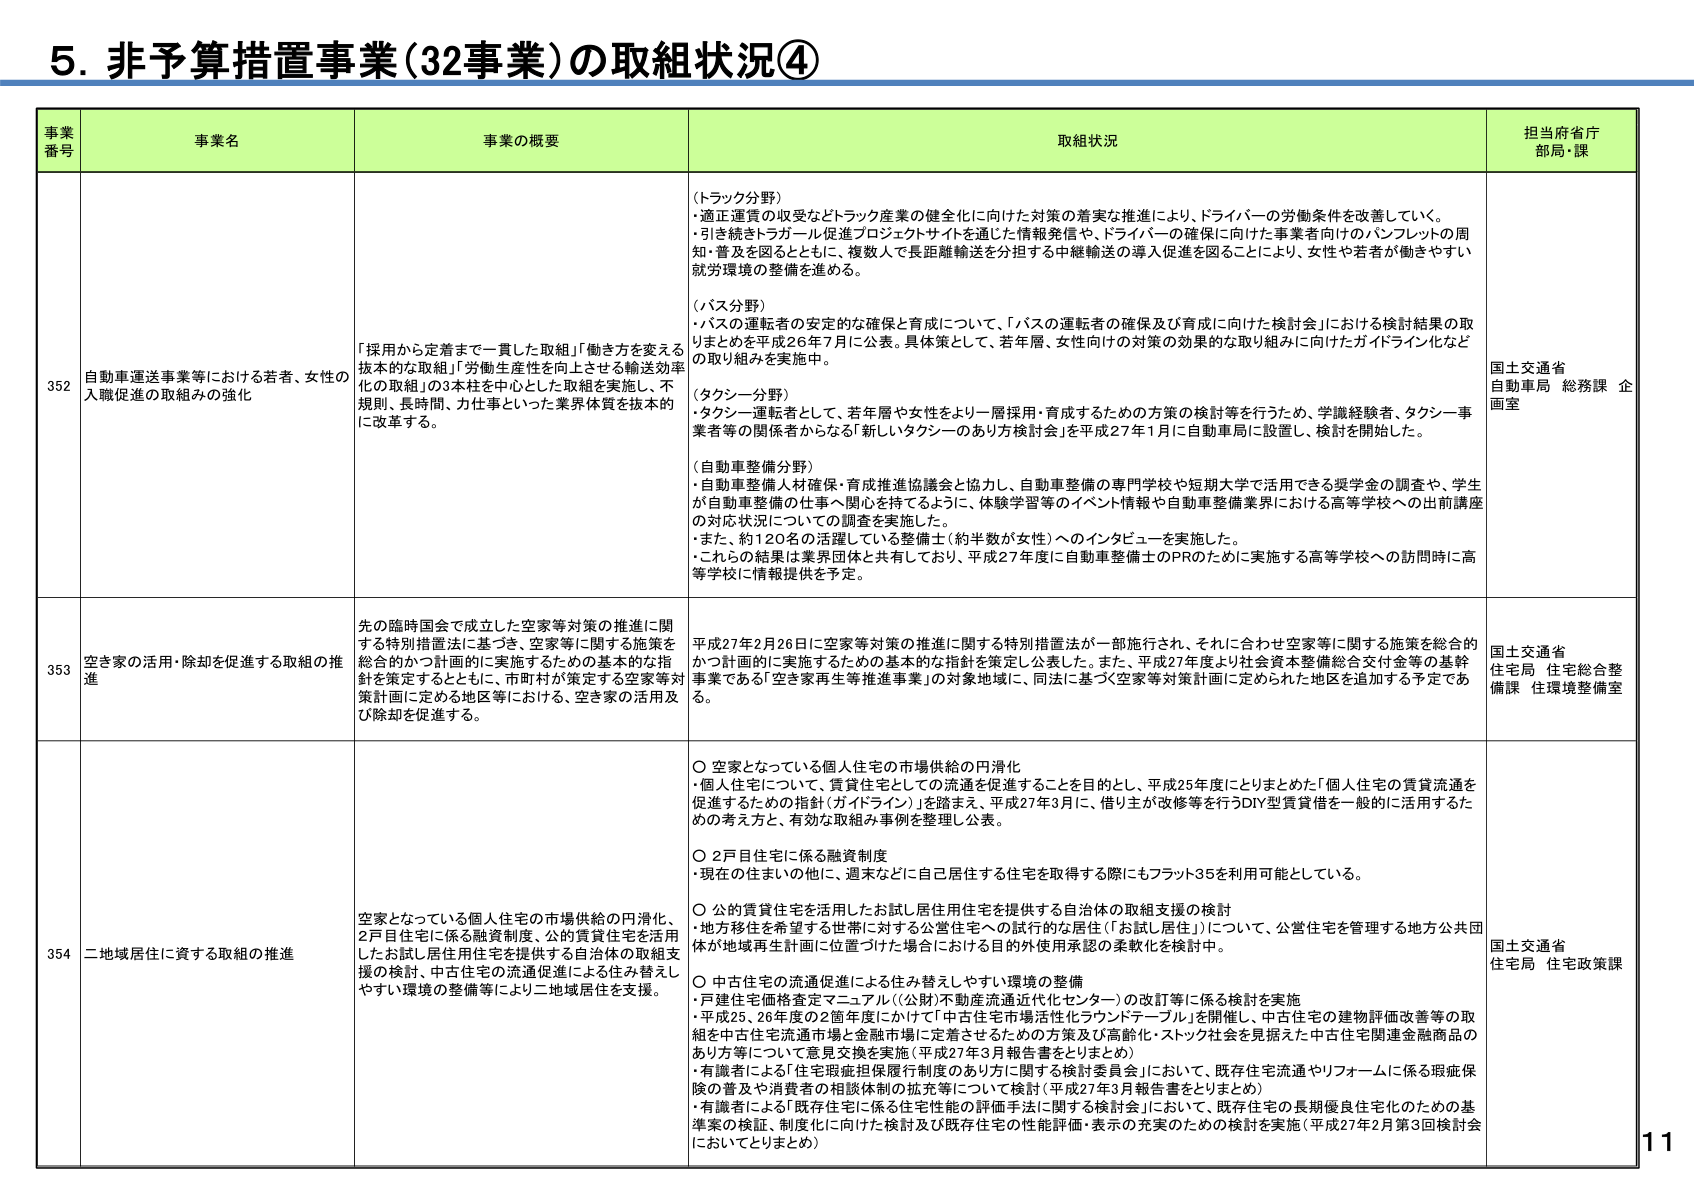
5. 非予算措置事業（32事業）の取組状況④

事業番号 事業名 事業の概要 取組状況 担当府省庁 部局・課

352 自動車運送事業等における若者、女性の入職促進の取組みの強化 「採用から定着まで一貫した取組」「働き方を変える抜本的な取組」「労働生産性を向上させる輸送効率化の取組」の3本柱を中心とした取組を実施し、不規則、長時間、力仕事といった業界体質を抜本的に改革する。 （トラック分野） ・適正運賃の収受などトラック産業の健全化に向けた対策の着実な推進により、ドライバーの労働条件を改善していく。 ・引き続きトラガール促進プロジェクトサイトを通じた情報発信や、ドライバーの確保に向けた事業者向けのパンフレットの周知・普及を図るとともに、複数人で長距離輸送を分担する中継輸送の導入促進を図ることにより、女性や若者が働きやすい就労環境の整備を進める。 （バス分野） ・バスの運転者の安定的な確保と育成について、「バスの運転者の確保及び育成に向けた検討会」における検討結果の取りまとめを平成26年7月に公表。具体策として、若年層、女性向けの対策の効果的な取り組みに向けたガイドライン化などの取り組みを実施中。 （タクシー分野） ・タクシー運転者として、若年層や女性をより一層採用・育成するための方策の検討等を行うため、学識経験者、タクシー事業者等の関係者からなる「新しいタクシーのあり方検討会」を平成27年1月に自動車局に設置し、検討を開始した。 （自動車整備分野） ・自動車整備人材確保・育成推進協議会と協力し、自動車整備の専門学校や短期大学で活用できる奨学金の調査や、学生が自動車整備の仕事へ関心を持てるように、体験学習等のイベント情報や自動車整備業界における高等学校への出前講座の対応状況についての調査を実施した。 ・また、約120名の活躍している整備士（約半数が女性）へのインタビューを実施した。 ・これらの結果は業界団体と共有しており、平成27年度に自動車整備士のPRのために実施する高等学校への訪問時に高等学校に情報提供を予定。 国土交通省 自動車局 総務課 企画室

353 空き家の活用・除却を促進する取組の推進 先の臨時国会で成立した空家等対策の推進に関する特別措置法に基づき、空家等に関する施策を総合的かつ計画的に実施するための基本的な指針を策定するとともに、市町村が策定する空家等対策計画に定める地区等における、空き家の活用及び除却を促進する。 平成27年2月26日に空家等対策の推進に関する特別措置法が一部施行され、それに合わせ空家等に関する施策を総合的かつ計画的に実施するための基本的な指針を策定し公表した。また、平成27年度より社会資本整備総合交付金等の基幹事業である「空き家再生等推進事業」の対象地域に、同法に基づく空家等対策計画に定められた地区を追加する予定である。 国土交通省 住宅局 住宅総合整備課 住環境整備室

354 二地域居住に資する取組の推進 空家となっている個人住宅の市場供給の円滑化、2戸目住宅に係る融資制度、公的賃貸住宅を活用したお試し居住用住宅を提供する自治体の取組支援の検討、中古住宅の流通促進による住み替えしやすい環境の整備等により二地域居住を支援。 ○ 空家となっている個人住宅の市場供給の円滑化 ・個人住宅について、賃貸住宅としての流通を促進することを目的とし、平成25年度にとりまとめた「個人住宅の賃貸流通を促進するための指針（ガイドライン）」を踏まえ、平成27年3月に、借り主が改修等を行うDIY型賃貸借を一般的に活用するための考え方と、有効な取組み事例を整理し公表。 ○ 2戸目住宅に係る融資制度 ・現在の住まいの他に、週末などに自己居住する住宅を取得する際にもフラット35を利用可能としている。 ○ 公的賃貸住宅を活用したお試し居住用住宅を提供する自治体の取組支援の検討 ・地方移住を希望する世帯に対する公営住宅への試行的な居住（「お試し居住」）について、公営住宅を管理する地方公共団体が地域再生計画に位置づけた場合における目的外使用承認の柔軟化を検討中。 ○ 中古住宅の流通促進による住み替えしやすい環境の整備 ・戸建住宅価格査定マニュアル（公財「不動産流通近代化センター」）の改訂等に係る検討を実施 ・平成25、26年度の2箇年度にかけて「中古住宅市場活性化ラウンドテーブル」を開催し、中古住宅の建物評価改善等の取組を中古住宅流通市場と金融市場に定着させるための方策及び高齢化・ストック社会を見据えた中古住宅関連金融商品のあり方等について意見交換を実施（平成27年3月報告書をとりまとめ） ・有識者による「住宅瑕疵担保履行制度のあり方に関する検討委員会」において、既存住宅流通やリフォームに係る瑕疵保険の普及や消費者の相談体制の拡充等について検討（平成27年3月報告書をとりまとめ） ・有識者による「既存住宅に係る住宅性能の評価手法に関する検討会」において、既存住宅の長期優良住宅化のための基準案の検証、制度化に向けた検討及び既存住宅の性能評価・表示の充実のための検討を実施（平成27年2月第3回検討会においてとりまとめ） 国土交通省 住宅局 住宅政策課

11